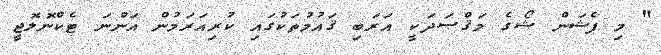
" މި ފެޝަން ޝޯގެ މަޤްޞަދަކީ އަރަބި ޤައުމުތަކުގައި ކުރިއަރަމުން އަންނަ ޓެކްނޮލޮޖީ